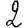
Digit: 2